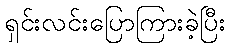
ရှင်းလင်းပြောကြားခဲ့ပြီး